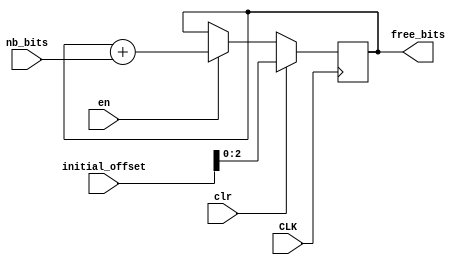
module dec_bits_counter(
    input CLK,
    input clr,
    input en,
    input [3:0] initial_offset,
    input [NB_BITS_WIDTH-1:0] nb_bits,
    output [2:0] free_bits
    );
    
    parameter NB_BITS_WIDTH = 2;
    
    reg [2:0] k;
    
    always @ (posedge CLK) begin
        if (clr) begin
            k[2:0] <= initial_offset;
        end
        else if (en) begin
            k[2:0] <= k[2:0] + nb_bits;
        end
        else begin
            k[2:0] <= k[2:0];
        end
    end
    
    assign free_bits = k[2:0];
    
endmodule